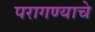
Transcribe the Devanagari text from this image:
परागण्याचे